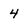
Character: 4